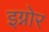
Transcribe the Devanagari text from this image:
इग्नोर